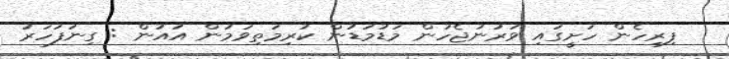
ފިރިހެން ހަށީގައި ވަރުނުޖެހުން މަޑުމަޑުން ކުރިމަތިވަމުން އައުން : ގިނަފަހަރު